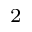
^ { 2 }